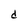
Character: d